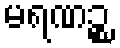
မရဏဉ္စ